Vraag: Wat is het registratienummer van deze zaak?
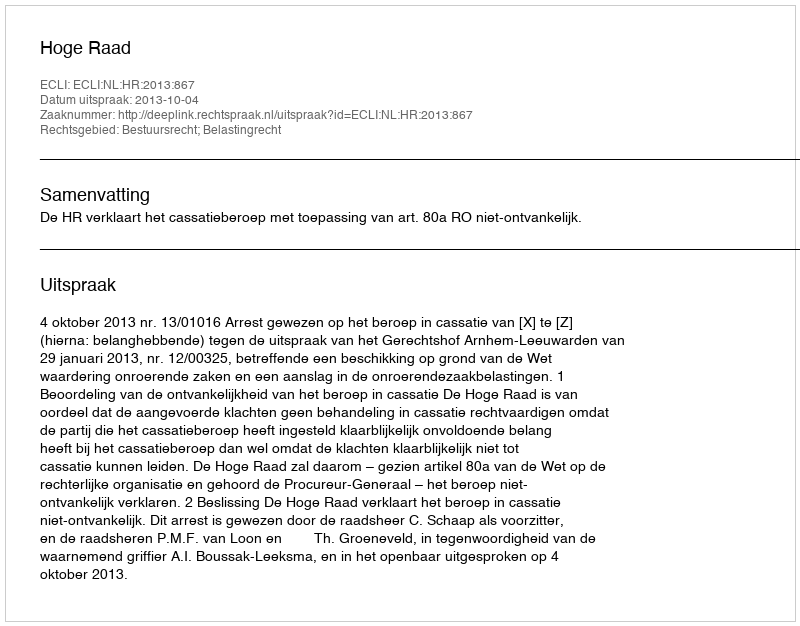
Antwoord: http://deeplink.rechtspraak.nl/uitspraak?id=ECLI:NL:HR:2013:867